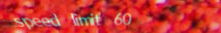
speed limit 60